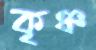
কৃঞ্চ